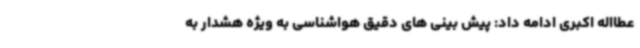
عطااله اکبری ادامه داد: پیش بینی های دقیق هواشناسی به ویژه هشدار به